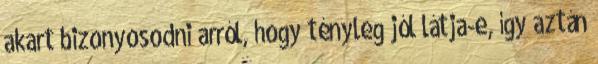
akart bizonyosodni arról, hogy tényleg jól látja-e, így aztán